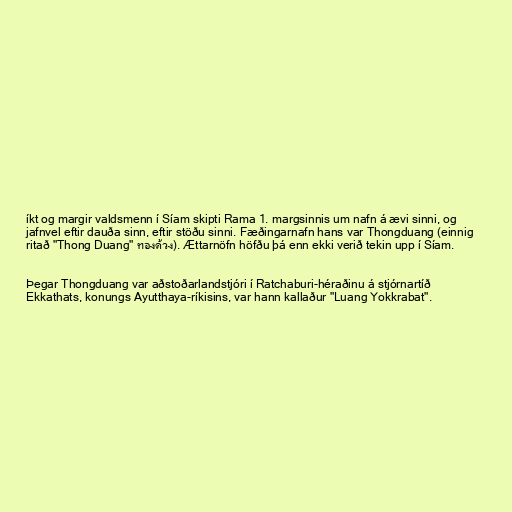
íkt og margir valdsmenn í Síam skipti Rama 1. margsinnis um nafn á ævi sinni, og
jafnvel eftir dauða sinn, eftir stöðu sinni. Fæðingarnafn hans var Thongduang (einnig
ritað "Thong Duang" ทองด้วง). Ættarnöfn höfðu þá enn ekki verið tekin upp í Síam.

Þegar Thongduang var aðstoðarlandstjóri í Ratchaburi-héraðinu á stjórnartíð
Ekkathats, konungs Ayutthaya-ríkisins, var hann kallaður "Luang Yokkrabat".